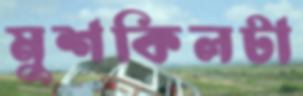
মুশকিলটা